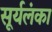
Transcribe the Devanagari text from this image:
सूर्यलंका